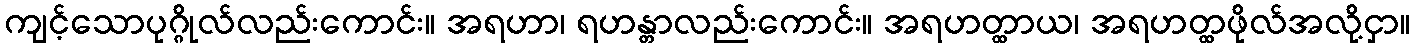
ကျင့်သောပုဂ္ဂိုလ်လည်းကောင်း။ အရဟာ၊ ရဟန္တာလည်းကောင်း။ အရဟတ္ထာယ၊ အရဟတ္ထဖိုလ်အလို့ငှာ။